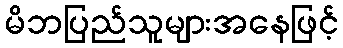
မိဘပြည်သူများအနေဖြင့်